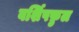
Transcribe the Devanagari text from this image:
वर्शिपफ़ुल